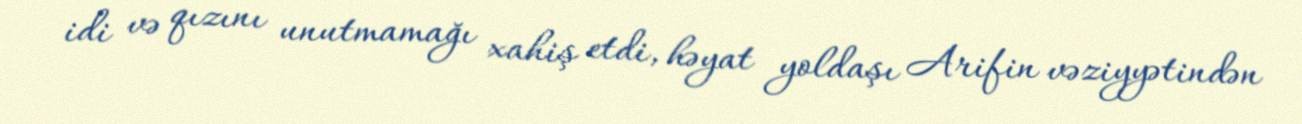
idi və qızını unutmamağı xahiş etdi, həyat yoldaşı Arifin vəziyyətindən